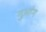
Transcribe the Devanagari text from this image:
गुआंग